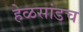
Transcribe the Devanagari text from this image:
हेळसांडच